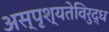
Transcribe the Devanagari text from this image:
अस्पृश्यतेविरुद्ध